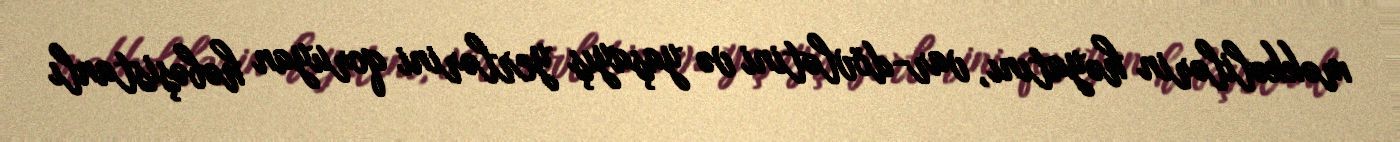
məkkəlilərin həyatını, var-dövlətini və yaşayış yerlərini qoruyan həbəşistanlı